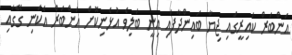
އަންބަރް ކައިރީގައި ޖިޔާ ބައިންދާފައި އިނީ ބަލިވެ އުޅެނިކޮށް އަންބަރް އެކަނި ގޭގައި